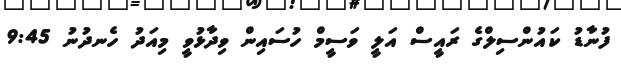
ފުނާޑު ކައުންސިލްގެ ރައީސް އަލީ ވަސީމް ހުސައިން ވިދާޅުވީ މިއަދު ހެނދުނު 9:45